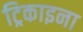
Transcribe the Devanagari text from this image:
ट्रिकाइना